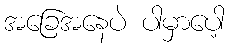
အခြေအနေပဲ ပါမှာပေါ့